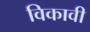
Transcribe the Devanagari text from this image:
विकावी